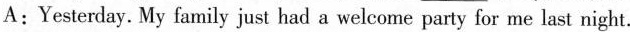
A:Yesterday. My family just had a welcome party for me last night.